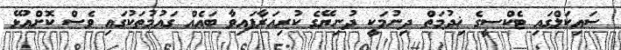
ސައިކަލްގައި ޓެކްސީގެ ޚިދުމަތް ދިނުމަކީ ދުނިޔޭގެ ކުރިއަރާފައިވާ ބައެއް ގައުމުތަކުގައި ވެސް ކޮށްއުޅޭ